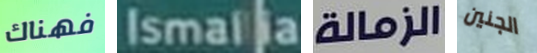
فهناك Ismalia الزمالة الجنين